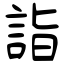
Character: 詣